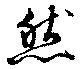
然